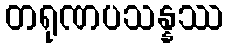
တရုဏပသန္နဿ